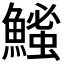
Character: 𫙵